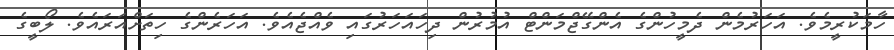
ހާމަކުރީމެވެ. އަހަރުމެން ދެމީހުންގެ އެންގޭޖްމަންޓް އުމުރުން ދިހައަހަރުގައި ވެއްޖެއެވެ. އަހަރެންގެ ހިތަށްއަރައެވެ. ލޯބީގެ